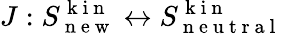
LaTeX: J:S_{\mathrm{~n~e~w~}}^{\mathrm{~k~i~n~}}\leftrightarrow S_{\mathrm{~n~e~u~t~r~a~l~}}^{\mathrm{~k~i~n~}}